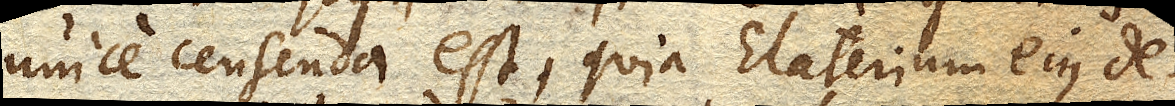
unice censenda est, quia Elaterium ejus de–